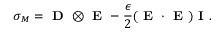
\small \boldsymbol { \sigma } _ { M } = \textbf { D } \otimes \textbf { E } - \frac { \epsilon } { 2 } ( \textbf { E } \cdot \textbf { E } ) \textbf { I } .